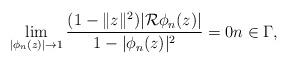
LaTeX: \begin{align*} \lim_{|\phi_n(z)|\to 1} \frac{(1-\|z\|^2)|\mathcal R\phi_n(z)|}{1-|\phi_n(z)|^2}=0 n\in \Gamma,\end{align*}